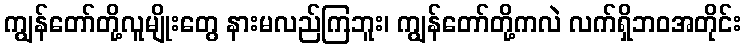
ကျွန်တော်တို့လူမျိုးတွေ နားမလည်ကြဘူး၊ ကျွန်တော်တို့ကလဲ လက်ရှိဘဝအတိုင်း